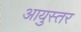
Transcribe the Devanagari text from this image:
आयुस्तर